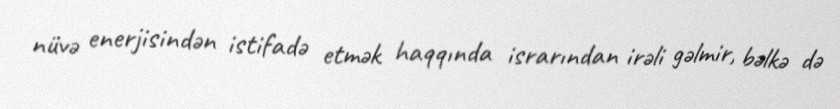
nüvə enerjisindən istifadə etmək haqqında israrından irəli gəlmir, bəlkə də